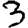
Digit: 3